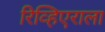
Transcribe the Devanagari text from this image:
रिव्हिएराला